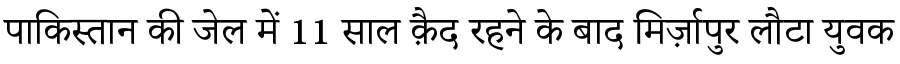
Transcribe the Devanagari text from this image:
पाकिस्तान की जेल में 11 साल क़ैद रहने के बाद मिर्ज़ापुर लौटा युवक